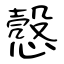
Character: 慤